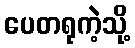
ပေတရုကဲ့သို့